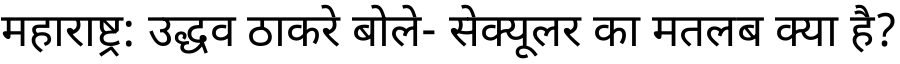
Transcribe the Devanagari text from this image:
महाराष्ट्र: उद्धव ठाकरे बोले- सेक्यूलर का मतलब क्या है?